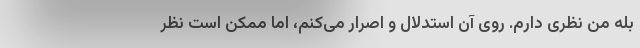
بله من نظری دارم. روی آن استدلال و اصرار می‌کنم، اما ممکن است نظر